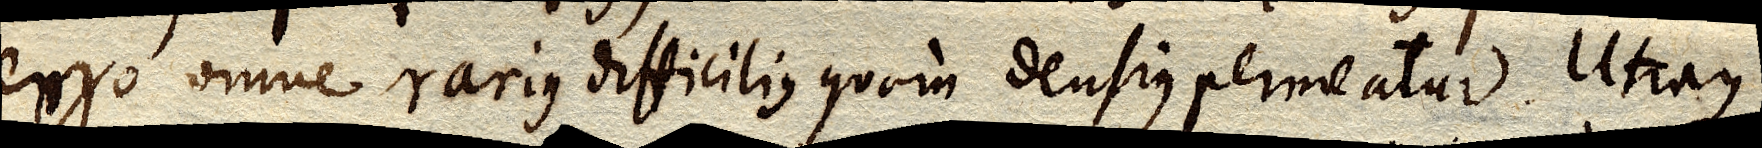
ergo omne rarius difficilius quam densius permeatur. Utraque